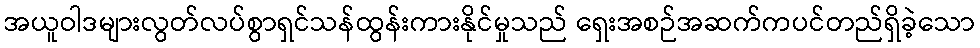
အယူဝါဒများလွတ်လပ်စွာရှင်သန်ထွန်းကားနိုင်မှုသည် ရှေးအစဉ်အဆက်ကပင်တည်ရှိခဲ့သော